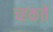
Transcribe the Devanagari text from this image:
च्हकते